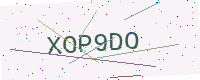
Text: XOP9DO